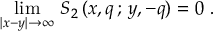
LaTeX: \operatorname * { l i m } _ { | x - y | \rightarrow \infty } \, S _ { 2 } \, ( x , q \, ; \, y , - q ) = 0 \ .